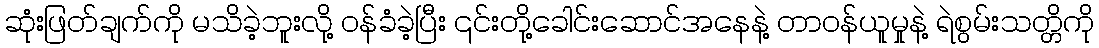
ဆုံးဖြတ်ချက်ကို မသိခဲ့ဘူးလို့ ဝန်ခံခဲ့ပြီး ၎င်းတို့ခေါင်းဆောင်အနေနဲ့ တာဝန်ယူမှုနဲ့ ရဲစွမ်းသတ္တိကို